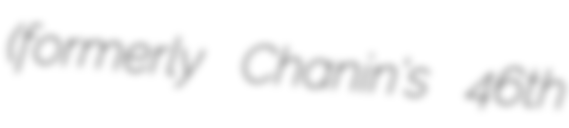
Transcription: (formerly Chanin's 46th